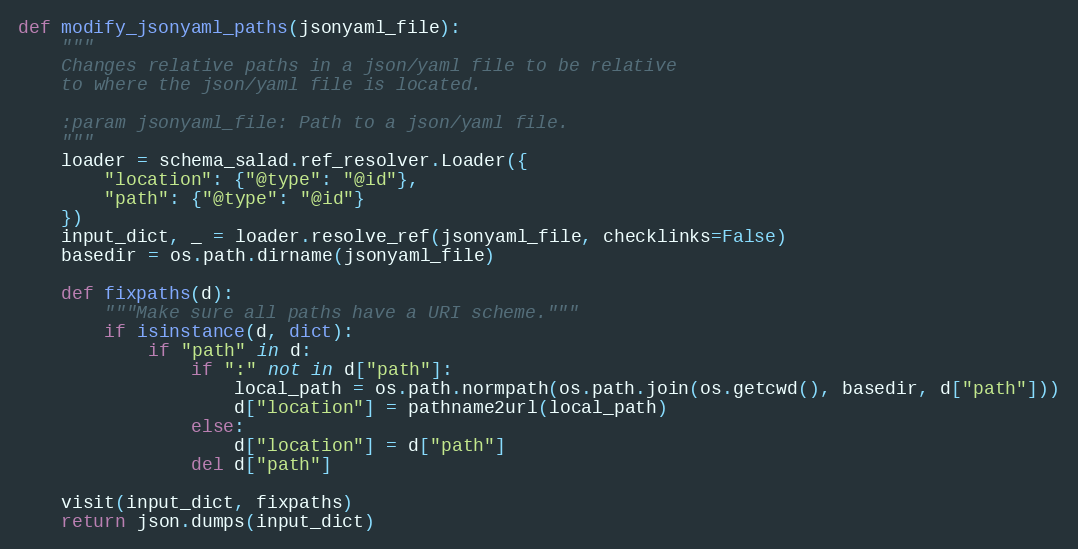
Language: Python
def modify_jsonyaml_paths(jsonyaml_file):
    """
    Changes relative paths in a json/yaml file to be relative
    to where the json/yaml file is located.

    :param jsonyaml_file: Path to a json/yaml file.
    """
    loader = schema_salad.ref_resolver.Loader({
        "location": {"@type": "@id"},
        "path": {"@type": "@id"}
    })
    input_dict, _ = loader.resolve_ref(jsonyaml_file, checklinks=False)
    basedir = os.path.dirname(jsonyaml_file)

    def fixpaths(d):
        """Make sure all paths have a URI scheme."""
        if isinstance(d, dict):
            if "path" in d:
                if ":" not in d["path"]:
                    local_path = os.path.normpath(os.path.join(os.getcwd(), basedir, d["path"]))
                    d["location"] = pathname2url(local_path)
                else:
                    d["location"] = d["path"]
                del d["path"]

    visit(input_dict, fixpaths)
    return json.dumps(input_dict)